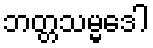
ဘတ္တသမ္မဒေါ